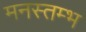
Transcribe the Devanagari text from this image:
मनस्तम्भ